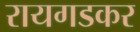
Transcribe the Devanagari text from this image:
रायगडकर